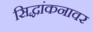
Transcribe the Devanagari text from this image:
सिद्धांकनावर